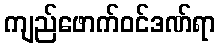
ကျည်ဖောက်ဝင်ဒဏ်ရာ